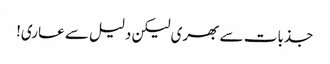
جذبات سے بھری لیکن دلیل سے عاری!